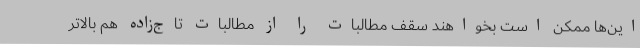
این‌ها ممکن است بخواهند سقف مطالبات را از مطالبات تاج‌زاده هم بالاتر